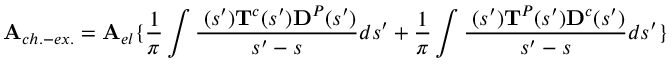
{ \bf A } _ { c h . - e x . } = { \bf A } _ { e l } \{ { \frac 1 \pi } \int { \frac { { \bf \rho } ( s ^ { \prime } ) { \bf T } ^ { c } ( s ^ { \prime } ) { \bf { \cal D } } ^ { P } ( s ^ { \prime } ) } { s ^ { \prime } - s } } d s ^ { \prime } + { \frac 1 \pi } \int { \frac { { \bf \rho } ( s ^ { \prime } ) { \bf T } ^ { P } ( s ^ { \prime } ) { \bf { \cal D } } ^ { c } ( s ^ { \prime } ) } { s ^ { \prime } - s } } d s ^ { \prime } \} \,